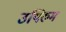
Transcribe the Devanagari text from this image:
उयिरुम